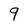
Character: 9